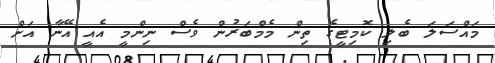
މައްސަލަ ބެލި ކޮމިޓީގެ ތިން މެމްބަރުން ވެސް ނިންމީ އެއީ އޭނާ އަށް